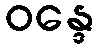
ဝန္ဒေ